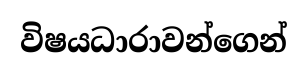
විෂයධාරාවන්ගෙන්